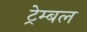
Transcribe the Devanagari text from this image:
ट्रेम्बल